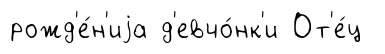
рожд'е́н'иjа д'евчо́нк'и От'е́ц